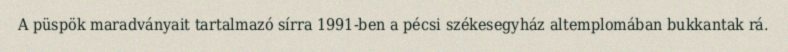
A püspök maradványait tartalmazó sírra 1991-ben a pécsi székesegyház altemplomában bukkantak rá.